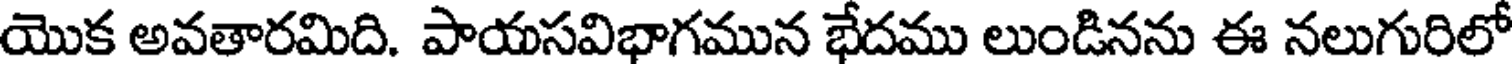
యొక అవతారమిది. పాయసవిభాగమున భేదము లుండినను ఈ నలుగురిలో